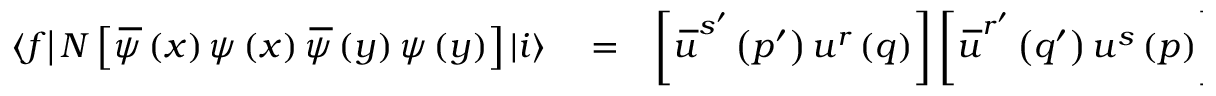
\begin{array} { r l r } { \left\langle f \right\vert N \left[ \, \overline { { \! { \psi } } } \left( x \right) \psi \left( x \right) \, \overline { { \! { \psi } } } \left( y \right) \psi \left( y \right) \right] \left\vert i \right\rangle } & { { } = } & { \left[ \, \overline { { \! { u } } } ^ { s ^ { \prime } } \left( p ^ { \prime } \right) u ^ { r } \left( q \right) \right] \left[ \, \overline { { \! { u } } } ^ { r ^ { \prime } } \left( q ^ { \prime } \right) u ^ { s } \left( p \right) \right] e ^ { i \cdot x \left( p ^ { \prime } - q \right) } e ^ { i \cdot y \left( q ^ { \prime } - p \right) } - } \end{array}